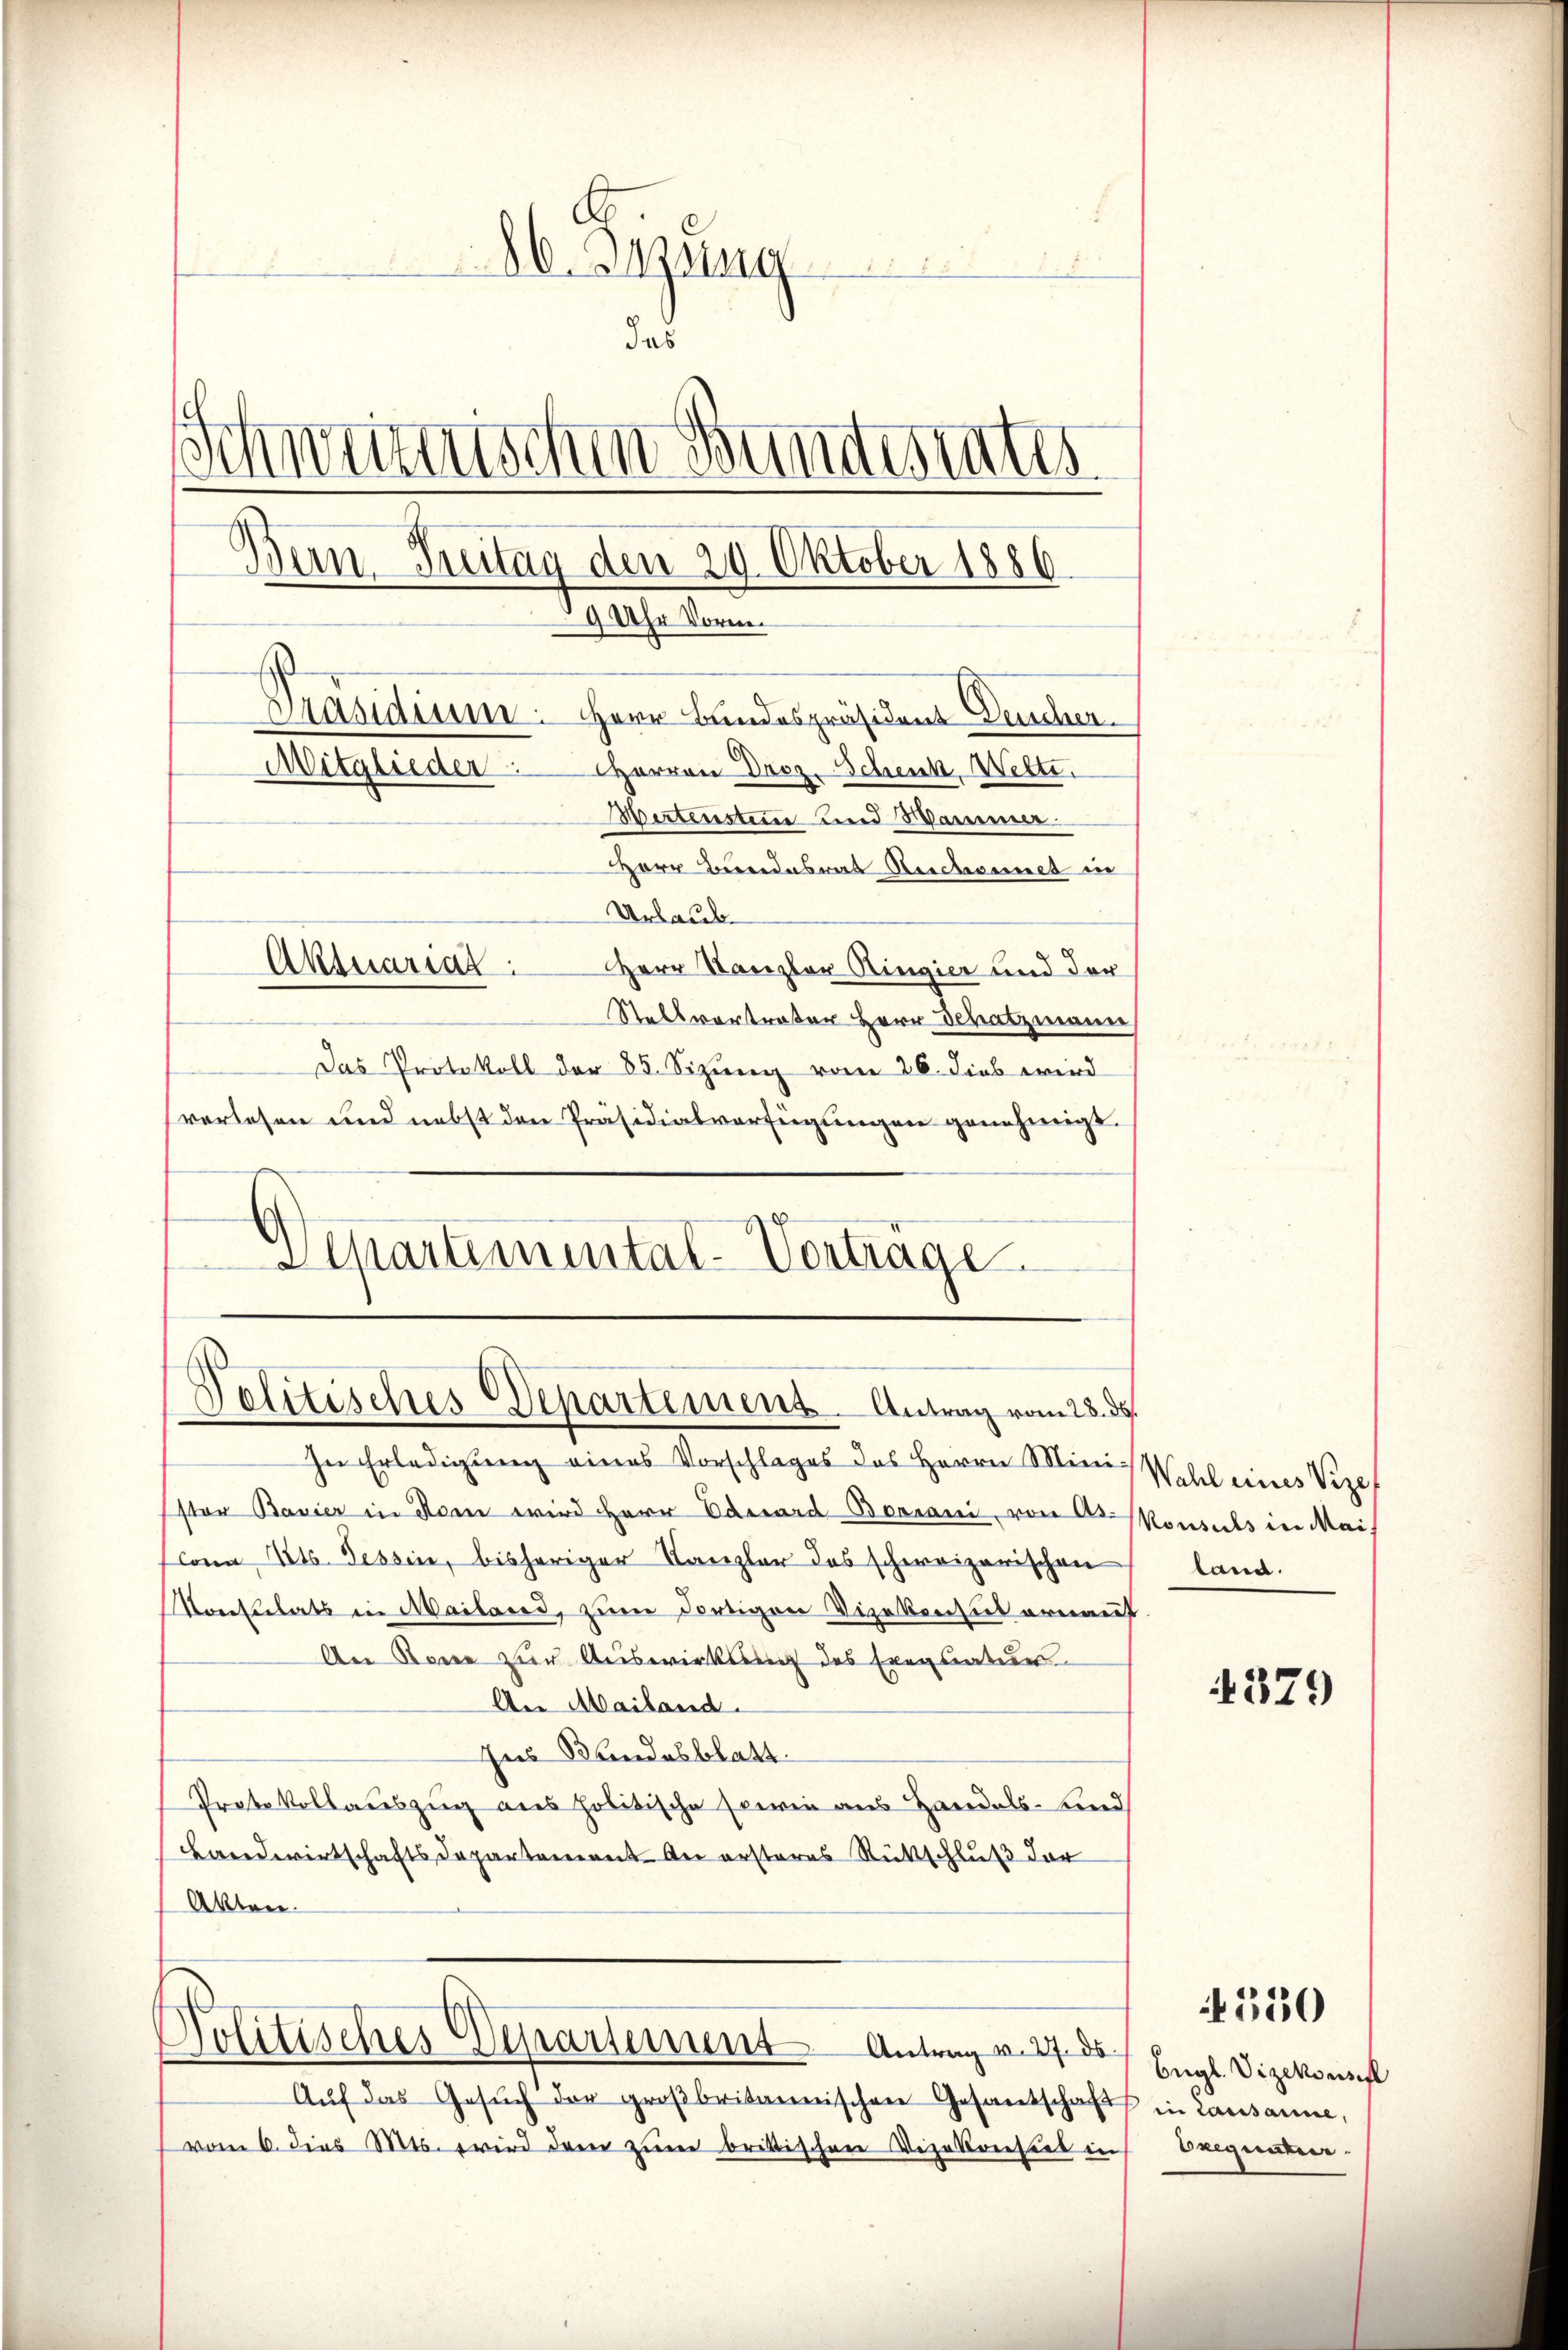
.
H. Anzung
das
Schmernisch
in Bundestates
dern Zeitag den 29. Oktober 1886.
9 Uhr Vorm.
Päsidium. Herr Bundespräsident Deucher.
Herren Droz. Schenk, Wette.
Mitglieder
Wertenstein und Hammer.
Herr Bundesrat Beschonnet in
Urlaub
Aktuaria
Herr Kanzler Ringier und der

Stellvertreter Herr Schatzmann
Das Protokoll der 85. Sizung vom 26. dies wird
verlesen und nebst den Präsidialverfügungen genehmigt.
Departemental-Vorträge

Politisches Departement. Antrag vom 28. ds.

In Erledigung eines Vorschlages das Herrn Mini
Ester Bavier in Rom wird Herr Eduard Boviani, von Oskonsuls in Mais
lona 216. Tessin, bisheriger Kanzler das schweizerischen
Konsulats in Mailand, zum dortigen Vizekonsul ernaut
An Rone zur Auswirkung des Exequaturr
An Mailand.
Ins Bundesblatt.
Protokollauszug aus politische sowie aus Handels- und
Landwirtschafts Departement an ersteres Rückschluß der
Akten.

Politisches Departement Antrag v. 27. ds.

Aŭf das Gesŭch der großbritannischen Gesandschaft
vom 6. dies Mts. wird der zum britischen Vizekonstes in

Wahl eines Vize
land.

4379

550

Eügl. Vizekonsist
in Lausanne,
Exequatur.